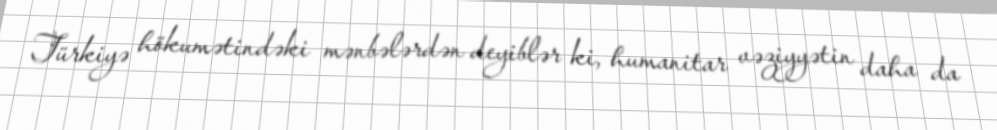
Türkiyə hökumətindəki mənbələrdən deyiblər ki, humanitar vəziyyətin daha da